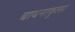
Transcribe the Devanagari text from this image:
बायनाकुलर